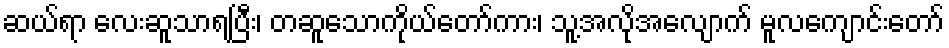
ဆယ်ရာ လေးဆူသာရပြီး၊ တဆူသောကိုယ်တော်ကား၊ သူ့အလိုအလျောက် မူလကျောင်းတော်